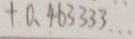
+ 0 . 4 6 3 3 3 3 \cdots